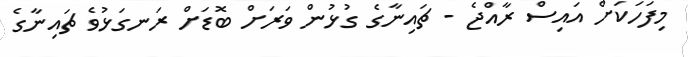
މިފަހަކަށް އައިސް ރާއްޖެ - ޗައިނާގެ ގުޅުން ވަރަށް ބޮޑަށް ރަނގަޅުވެ ޗައިނާގެ